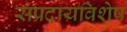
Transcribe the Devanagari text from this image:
संप्रदायविशेष